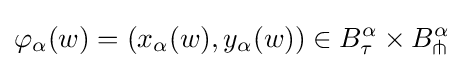
\varphi _{\alpha }(w)=\left(x_{\alpha }(w),y_{\alpha }(w)\right)\in B_{\tau }^{\alpha }\times B_{\pitchfork }^{\alpha }